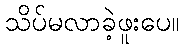
သိပ်မလာခဲ့ဖူးပေ။